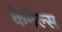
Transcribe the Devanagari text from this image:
केनेल्स